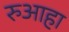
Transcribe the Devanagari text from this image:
रुआहा